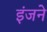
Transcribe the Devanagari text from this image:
इंजने